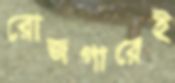
রোজগারেই